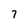
Character: 7